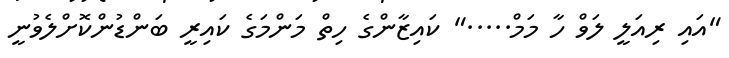
"އައި ރިއަލީ ލަވް ހާ މަމް....." ކައިޒާންގެ ހިތް މަންމަގެ ކައިރީ ބަންޑުންކޮށްލެވުނީ